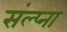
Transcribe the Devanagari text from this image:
संल्प्ना